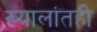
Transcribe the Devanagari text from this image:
ख्यालांतही